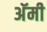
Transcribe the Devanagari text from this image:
अॅमी